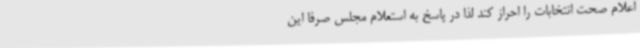
اعلام صحت انتخابات را احراز کند لذا در پاسخ به استعلام مجلس صرفا این